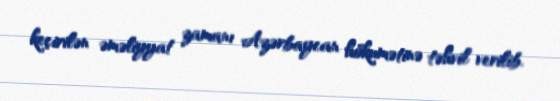
keçirilən əməliyyat zamanı Azərbaycan hökumətinə təhvil verilib.